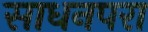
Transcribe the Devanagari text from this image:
साधनपरा